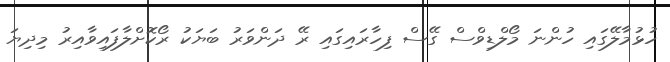
ހުޅުމާލޭގައި ހުންނަ މޯލްޑިވްސް ގޭސް ފިހާރައިގައި ރޭ ދަންވަރު ބަޔަކު ރޯކޮށްލާފައިވާއިރު މިދިޔަ